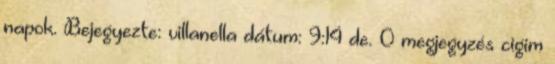
napok. Bejegyezte: villanella dátum: 9:14 de. 0 megjegyzés cigim